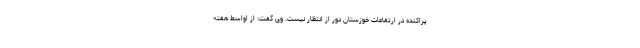
پراکنده در ارتفاعات خوزستان دور از انتظار نیست. وی گفت: از اواسط هفته